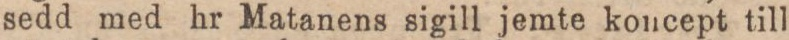
sedd med hr Matanens sigill jemte koncept till